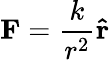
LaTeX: \mathbf{F}={\frac{k}{r^{2}}}\mathbf{\hat{r}}